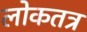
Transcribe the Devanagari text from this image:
लोकतत्र